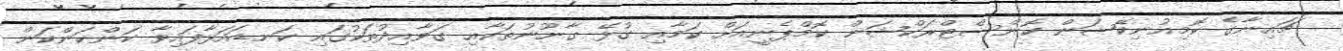
ޗައިނާގެ ކޮމިއުނިކޭޝަން ކޮންސްޓްރަކްޝަން ކޮމްޕެނީއަށް ކަމާއި ގުޅޭ ގާނޫނުތަކާއި ގަވާއިދުތަކުގައި ކަނޑައަޅާފައިވާ ކަންކަންކަން